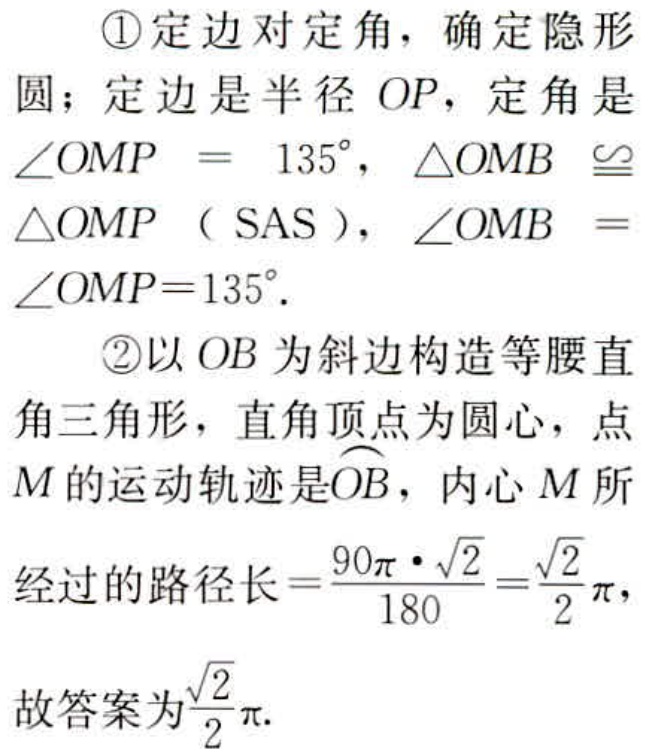
\textcircled{1}定边对定角，确定隐形

圆；定边是半径 \(OP\)，定角是

\(\angle OMP = 135^{\circ}\)，\(\triangle OMB \cong\)

\(\triangle OMP\)（\(SAS\)），\(\angle OMB =\)

\(\angle OMP = 135^{\circ}\).

\textcircled{2}以 \(OB\) 为斜边构造等腰直

角三角形，直角顶点为圆心，点

\(M\) 的运动轨迹是\(\overset{\frown}{OB}\)，内心 \(M\) 所

经过的路径长\(=\frac{90\pi\cdot\sqrt{2}}{180}=\frac{\sqrt{2}}{2}\pi\)，

故答案为\(\frac{\sqrt{2}}{2}\pi\).